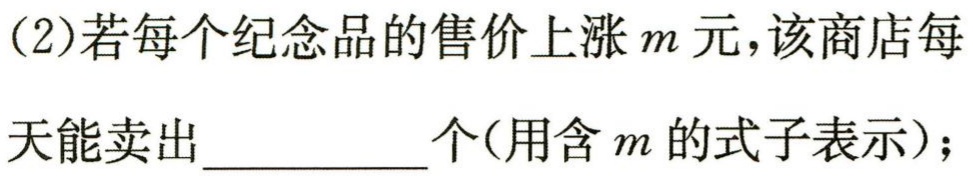
(2)若每个纪念品的售价上涨\(m\)元，该商店每天能卖出__________个(用含\(m\)的式子表示)；